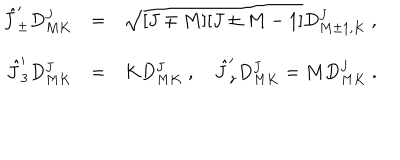
LaTeX: \begin{array} { r c l } { { \hat { J } _ { \pm } ^ { \prime } D _ { M K } ^ { J } } } & { { = } } & { { \sqrt { [ J \mp M ] [ J \pm M - 1 ] } D _ { M \pm 1 , K } ^ { J } ~ , } } \\ { { \hat { J } _ { 3 } ^ { \prime } D _ { M K } ^ { J } } } & { { = } } & { { K D _ { M K } ^ { J } ~ , ~ \hat { J } _ { z } ^ { \prime } D _ { M K } ^ { J } = M D _ { M K } ^ { J } ~ . } } \\ \end{array}